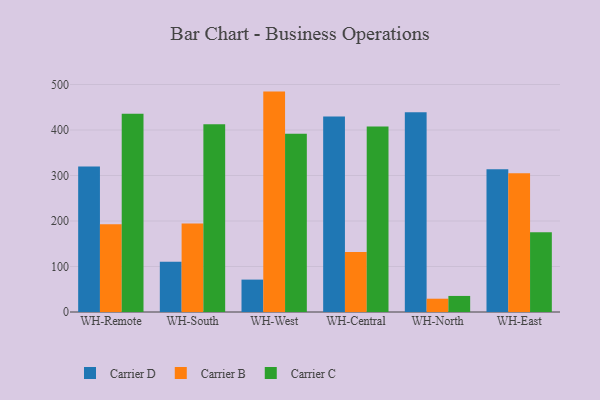
{"axis": {"x": "Warehouse", "y": "Gross Profit (USD K)"}, "legend": ["Carrier B", "Carrier C", "Carrier D"], "data": [{"x": "WH-Remote", "y": 319.9, "type": "Carrier D"}, {"x": "WH-Remote", "y": 192.8, "type": "Carrier B"}, {"x": "WH-Remote", "y": 435.9, "type": "Carrier C"}, {"x": "WH-South", "y": 110.7, "type": "Carrier D"}, {"x": "WH-South", "y": 194.7, "type": "Carrier B"}, {"x": "WH-South", "y": 412.7, "type": "Carrier C"}, {"x": "WH-West", "y": 71.2, "type": "Carrier D"}, {"x": "WH-West", "y": 484.4, "type": "Carrier B"}, {"x": "WH-West", "y": 392.0, "type": "Carrier C"}, {"x": "WH-Central", "y": 429.9, "type": "Carrier D"}, {"x": "WH-Central", "y": 131.9, "type": "Carrier B"}, {"x": "WH-Central", "y": 407.8, "type": "Carrier C"}, {"x": "WH-North", "y": 439.0, "type": "Carrier D"}, {"x": "WH-North", "y": 29.2, "type": "Carrier B"}, {"x": "WH-North", "y": 35.3, "type": "Carrier C"}, {"x": "WH-East", "y": 314.0, "type": "Carrier D"}, {"x": "WH-East", "y": 304.7, "type": "Carrier B"}, {"x": "WH-East", "y": 175.1, "type": "Carrier C"}]}